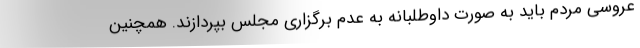
عروسی مردم باید به صورت داوطلبانه به عدم برگزاری مجلس بپردازند. همچنین